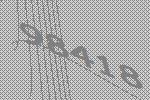
98418